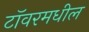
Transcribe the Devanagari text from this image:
टॉवरमधील